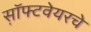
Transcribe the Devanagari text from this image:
स़ॉफ्टवेयरचे